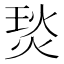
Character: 𤊇